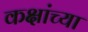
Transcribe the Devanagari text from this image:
कक्षांच्या